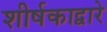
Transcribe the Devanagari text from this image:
शीर्षकाद्वारे